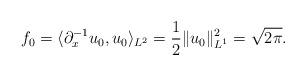
LaTeX: \begin{align*}f_0 = \langle \partial_x^{-1} u_0, u_0 \rangle_{L^2} = \frac{1}{2} \| u_0 \|_{L^1}^2 = \sqrt{2\pi}.\end{align*}